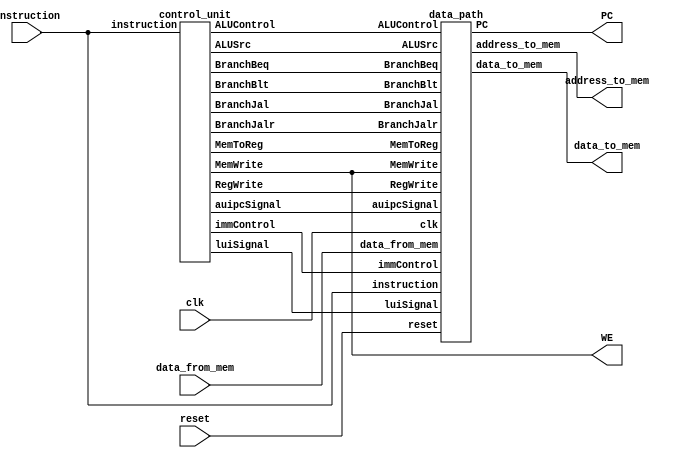
`default_nettype none
module processor( input         clk, reset,
                  output [31:0] PC,
                  input  [31:0] instruction,
                  output        WE,
                  output [31:0] address_to_mem,
                  output [31:0] data_to_mem,
                  input  [31:0] data_from_mem
                );
    //... write your code here ...
    wire BranchBeq;
    wire BranchBlt;
    wire BranchJal;
    wire RegWrite;
    wire BranchJalr;
    wire MemToReg;
    wire MemWrite;
    wire [3:0] ALUControl;
    wire ALUSrc;
    wire [2:0] immControl;
    wire luiSignal;
    wire auipcSignal;

    control_unit control_unit_inst (   .instruction ( instruction ), 
                                       .BranchBeq ( BranchBeq ), 
                                       .BranchBlt ( BranchBlt ), 
                                       .BranchJal ( BranchJal ), 
                                       .RegWrite ( RegWrite ), 
                                       .BranchJalr ( BranchJalr ), 
                                       .MemToReg ( MemToReg ), 
                                       .MemWrite ( MemWrite ), 
                                       .ALUControl ( ALUControl ), 
                                       .ALUSrc ( ALUSrc ), 
                                       .immControl ( immControl ),
                                       .luiSignal ( luiSignal ), 
                                       .auipcSignal ( auipcSignal )
                        ); 
    data_path  data_path_inst   (      .clk ( clk ), 
                                       .reset ( reset ), 
                                       .instruction ( instruction ), 
                                       .data_from_mem ( data_from_mem ), 
                                       .PC ( PC ), 
                                       .address_to_mem ( address_to_mem ),
                                       .data_to_mem ( data_to_mem ),
                                       .BranchBeq ( BranchBeq ), 
                                       .BranchBlt ( BranchBlt ), 
                                       .BranchJal ( BranchJal ), 
                                       .RegWrite ( RegWrite ), 
                                       .BranchJalr ( BranchJalr ), 
                                       .MemToReg ( MemToReg ), 
                                       .MemWrite ( MemWrite ), 
                                       .ALUControl ( ALUControl ), 
                                       .ALUSrc ( ALUSrc ), 
                                       .immControl ( immControl ),
                                       .luiSignal ( luiSignal ), 
                                       .auipcSignal ( auipcSignal )
                                ); 
    assign WE = MemWrite;
endmodule

//... add new Verilog modules here ...

module control_unit (   input   [31:0]   instruction, 
                        output           BranchBeq, 
                        output           BranchBlt, 
                        output           BranchJal, 
                        output           RegWrite, 
                        output           BranchJalr, 
                        output           MemToReg, 
                        output           MemWrite, 
                        output   [3:0]   ALUControl, 
                        output           ALUSrc, 
                        output   [2:0]   immControl,
                        output           luiSignal, 
                        output           auipcSignal
                    ); 
    reg [6:0] opcode;
    reg [2:0] funct3;
    reg [6:0] funct7;

    reg BranchBeq_res ;
    reg BranchBlt_res ;
    reg BranchJal_res ;
    reg RegWrite_res ;
    reg BranchJalr_res ;
    reg MemToReg_res ;
    reg MemWrite_res ;
    reg [3:0] ALUControl_res ;
    reg ALUSrc_res ;
    reg [2:0] immControl_res;
    reg luiSignal_res ;
    reg auipcSignal_res;

    always @(*) begin
        // initialization
        opcode = instruction[6:0];
        funct3 = instruction[14:12];
        funct7 = instruction[31:25];

        BranchBeq_res = 0;
        BranchBlt_res = 0;
        BranchJal_res = 0;
        RegWrite_res = 0;
        BranchJalr_res = 0;
        MemToReg_res = 0;
        MemWrite_res = 0;
        ALUControl_res = 0;
        ALUSrc_res = 0;
        immControl_res= 0;
        luiSignal_res = 0;
        auipcSignal_res= 0;


        case ( opcode )
            // R-type
            7'b0110011: begin
                RegWrite_res = 1;
                case (funct3)
                    // addsub
                    3'b000: begin
                        case (funct7)
                            // add 
                            7'b0000000: begin
                                ALUControl_res = 0;
                            end

                            //sub
                            7'b0100000: begin
                                ALUControl_res = 1;
                            end
                        endcase
                    end
                    // and
                    3'b111: begin
                        ALUControl_res = 2;
                    end

                    // slt
                    3'b010: begin
                        ALUControl_res = 3;
                    end

                    // div
                    3'b100: begin
                        ALUControl_res = 4;
                    end

                    //rem
                    3'b110: begin
                        ALUControl_res = 5;
                    end

                    // sll
                    3'b001: begin
                        ALUControl_res = 6;
                    end

                    // srl or sra
                    3'b101: begin
                        case ( funct7 ) 
                            // srl
                            7'b0000000: begin
                                ALUControl_res = 7;
                            end
                            // sra
                            7'b0100000: begin
                                ALUControl_res = 8;
                            end
                        endcase
                    end

                endcase
            end
            // I-type: ALU-imm (addi)
            7'b0010011: begin
                immControl_res = 0;
                ALUSrc_res = 1;
                ALUControl_res = 0; // addition
                RegWrite_res = 1;
            end

            // B-type: Brunch
            7'b1100011: begin
                immControl_res = 2;
                ALUSrc_res = 0; // should be zero!!!!!
                case ( funct3 ) 
                    // beq
                    3'b000: begin
                        BranchBeq_res = 1;
                        // BranchBlt_res = 0;
                        ALUControl_res = 1; // subtraction
                    end

                    // blt
                    3'b100: begin
                        // BranchBeq_res = 0;
                        BranchBlt_res = 1;
                        ALUControl_res = 3; // slt
                    end
                endcase
            end
            
            // I-type: Memory load  (lw)
            7'b0000011: begin
                immControl_res = 0;
                ALUSrc_res = 1;
                MemToReg_res = 1;
                RegWrite_res = 1;
            end
            
            // S-type: Memory store (sw)
            7'b0100011: begin
                immControl_res = 1;
                ALUSrc_res = 1;
                ALUControl_res = 0;  // addition
                MemWrite_res = 1;
            end

            // undef lui    U-type
            7'b0110111: begin
                immControl_res = 3;
                RegWrite_res = 1;
                // luiSignal!!!!!
                luiSignal_res = 1;
            end
            
            // J-type: jal
            7'b1101111: begin
                immControl_res = 4;
                RegWrite_res = 1;
                BranchJal_res = 1;
            end

            // I-type: jalr // jalr is NOT J-type!!!! jalr is I-type!!!
            7'b1100111: begin
                immControl_res = 0;
                ALUSrc_res = 1;
                ALUControl_res = 0; // addition
                RegWrite_res = 1;
                BranchJalr_res = 1;
            end

            // undef auipc      U-type
            7'b0010111: begin
                immControl_res = 3;
                RegWrite_res = 1;
                // auipcSignal!!!!
                auipcSignal_res = 1;
            end

        endcase
    end

    assign BranchBeq = BranchBeq_res ;
    assign BranchBlt = BranchBlt_res ;
    assign BranchJal = BranchJal_res ;
    assign RegWrite = RegWrite_res ;
    assign BranchJalr = BranchJalr_res ;
    assign MemToReg = MemToReg_res ;
    assign MemWrite = MemWrite_res ;
    assign ALUControl = ALUControl_res ;
    assign ALUSrc = ALUSrc_res ;
    assign immControl= immControl_res;
    assign luiSignal = luiSignal_res ;
    assign auipcSignal= auipcSignal_res;

endmodule

module data_path    (   input           clk, reset, 
                        input  [31:0]   instruction, 
                        input  [31:0]   data_from_mem, 
                        output [31:0]   PC, 
                        output [31:0]   address_to_mem,
                        output [31:0]   data_to_mem,
                        input           BranchBeq, 
                        input           BranchBlt, 
                        input           BranchJal, 
                        input           RegWrite, 
                        input           BranchJalr, 
                        input           MemToReg, 
                        input           MemWrite, 
                        input   [3:0]   ALUControl, 
                        input           ALUSrc, 
                        input   [2:0]   immControl,
                        input           luiSignal, 
                        input           auipcSignal 
                    ); 
    wire [31:0] data_to_reg,
                rs1, 
                rs2;
    gpr_set gpr_set_inst    (   .clk ( clk ), 
                                .we3 ( RegWrite ), 
                                .a1 ( instruction[19:15] ),
                                .a2 ( instruction[24:20] ),
                                .a3 ( instruction[11:7]  ),
                                .wd3 ( data_to_reg ), 
                                .rd1 ( rs1 ), 
                                .rd2 ( rs2 ) 
                            );

    wire [31:0] ImmOp;
    imm_decode imm_decode_inst  (   .imm_ctrl ( immControl ),   // immediate control
                                    .inst ( instruction ),  // imm from instruction
                                    .imm_out ( ImmOp ) 
                                );

    wire [31:0] SrcA, SrcB;
    assign SrcA = rs1;
    assign SrcB = ALUSrc ? ImmOp : rs2  ;
    wire [31:0] ALUOut;
    wire zeroFlag, lessThanFlag;

    alu alu_inst    (   .alu_ctrl ( ALUControl ),
                        .src_a ( SrcA ), 
                        .src_b ( SrcB ), 
                        .alu_out ( ALUOut ), 
                        .zero ( zeroFlag ), 
                        .lessThan ( lessThanFlag )
                    );

    wire [31:0] ImmPcSum;
    assign ImmPcSum = $signed(ImmOp) + PC;      // should ImmOp be signed?

    wire [31:0] BranchTarget;
    assign BranchTarget = BranchJalr ? ALUOut : ImmPcSum ;

    wire BranchJalx;
    assign BranchJalx = BranchJal | BranchJalr  ;

    wire [31:0] PCPlus4;
    assign PCPlus4 = PC + 4;

    wire [31:0] ALUOut_PCPlus4_res;
    assign ALUOut_PCPlus4_res = BranchJalx ? PCPlus4 : ALUOut;

    wire [31:0] res;
    assign res = MemToReg ? data_from_mem : ALUOut_PCPlus4_res  ;
    reg [31:0] data_to_reg_res;
    always @ ( * ) begin
        data_to_reg_res = luiSignal ? ImmOp : auipcSignal ? ImmPcSum : res ;
    end
    assign data_to_reg = data_to_reg_res;


    wire BranchBeq_res = BranchBeq & zeroFlag ;
    wire BranchBlt_res = BranchBlt & lessThanFlag ;

    
    wire BranchOutcome;
    assign BranchOutcome = BranchJalx | BranchBeq_res | BranchBlt_res ;

    wire [31:0] PCn;
    assign PCn = BranchOutcome ? BranchTarget : PCPlus4 ;

    register register_inst  (   .data_in ( PCn ), 
                                .clk ( clk ),
                                .reset ( reset ),
                                .data_out ( PC ) 
                            );

    assign address_to_mem = ALUOut;    // critical mistake!!!
    assign data_to_mem = rs2;
endmodule

module gpr_set (    input clk, we3, 
                    input [4:0] a1, a2, a3, 
                    input [31:0] wd3, 
                    output [31:0] rd1, rd2 
                );
    reg [31:0] registers [31:0];

    always @(posedge clk) begin
        registers[0] = 0;
        if ( we3 ) begin
            registers[a3] = wd3;
        end
        registers[0] = 0;
    end

    assign rd1 = registers[a1];
    assign rd2 = registers[a2];

endmodule

module imm_decode   (   input [2:0] imm_ctrl,   // immediate control
                        input [31:0] inst,  // imm from instruction
                        output [31:0] imm_out 
                    );
    reg [31:0] res;
    reg zero;
    always @(*) begin
        res = 0;
        zero = 0;
        case ( imm_ctrl ) 
            0: begin
                // I-immediate
                res = {{21{inst[31]}}, inst[30:20] };
            end
            1: begin
                // S-immediate
                res = {{21{inst[31]}}, inst[30:25], inst[11:8], inst[7] };
            end 
            2: begin
                // B-immediate
                res = {{20{inst[31]}}, inst[7], inst[30:25], inst[11:8], zero };
            end
            3: begin
                // U-immediate
                res = {inst[31], inst[30:20], inst[19:12], {12{zero}} };
            end
            4: begin
                // J-immediate
                res = {{12{inst[31]}}, inst[19:12], inst[20], inst[30:21], zero };
            end
            // 5: begin
            //     // for lui and auipc
            //     res = {inst[31:12], {20{zero}}};
            // end
            default: begin
                res = 0;
            end
        endcase
    end
    
    assign imm_out = res;
    
endmodule

module alu  (   input [3:0] alu_ctrl,
                input [31:0] src_a, src_b, 
                output [31:0] alu_out, 
                output zero, 
                output lessThan
            );
    reg [31:0] res;
    reg zero_res;
    reg lessThan_res;
    always @(*) begin
        zero_res = 0;
        lessThan_res = 0;
        case ( alu_ctrl ) 
            0:  begin
                // addition
                res = $signed(src_a) + $signed(src_b);
            end
            1: begin
                // subtraction
                res = $signed(src_a) - $signed(src_b);
            end
            2: begin
                // and 
                res = src_a & src_b;
            end
            3: begin
                // slt
                res = ($signed(src_a)) < ($signed(src_b)) ? 1 : 0;
                lessThan_res = res;
            end
            4: begin
                // div
                res = $signed(src_a) / $signed(src_b);
            end
            5: begin
                // rem
                res = $signed(src_a) % $signed(src_b);
            end
            6: begin
                // sll
                res = src_a << src_b;
            end
            7: begin
                // srl
                res = $unsigned(src_a) >> src_b;
            end
            8: begin
                // sra
                res = $signed(src_a) >>> src_b; // maybe wrong? just >> ?
            end             
            default:  begin
                res = 0;
            end
        endcase
        zero_res = res == 0 ? 1 : 0;
    end
    assign alu_out = res;
    assign zero = zero_res;
    assign lessThan = lessThan_res;
endmodule

module register (   input [31:0] data_in, 
                    input clk,
                    input reset,
                    output [31:0] data_out 
                );
    reg [31:0] rgst;
    assign data_out = rgst;

    always @(posedge clk, posedge reset ) begin
        if ( reset ) begin
            rgst = 0;
        end
        else begin
            rgst = data_in;
        end
    end
endmodule

`default_nettype wire